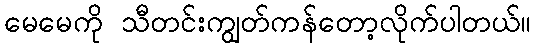
မေမေကို သီတင်းကျွတ်ကန်တော့လိုက်ပါတယ်။